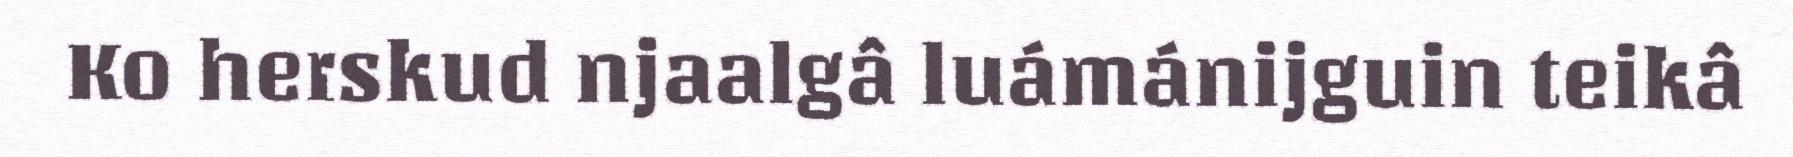
Ko herskud njaalgâ luámánijguin teikâ